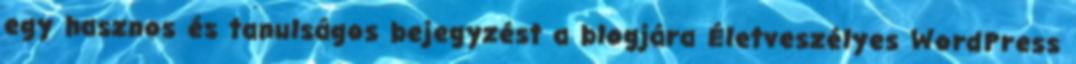
egy hasznos és tanulságos bejegyzést a blogjára Életveszélyes WordPress